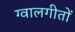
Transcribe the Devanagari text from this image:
ग्वालगीतों